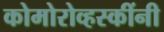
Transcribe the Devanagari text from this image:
कोमोरोव्हस्कींनी